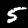
Digit: 5